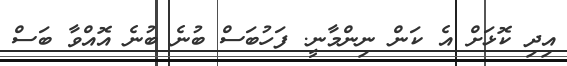
އިދި ކޮޅަށް އެ ކަން ނިންމާނީ. ފަހުބަސް ބުނެ ބުނެ އޮއްވާ ބަސް